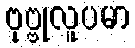
ဗုဗ္ဗုလူပမာ